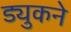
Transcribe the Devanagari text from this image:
ड्युकने